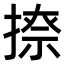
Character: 𫽩